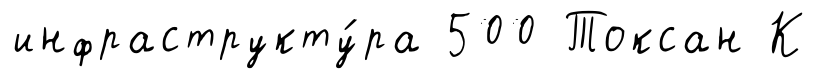
инфраструкту́ра 500 Токсан К